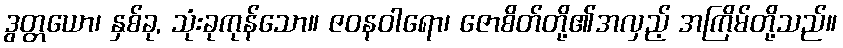
ဒွတ္တယော၊ နှစ်ခု, သုံးခုကုန်သော။ ဇဝနဝါရော၊ ဇောစိတ်တို့၏အလှည့် အကြိမ်တို့သည်။